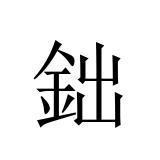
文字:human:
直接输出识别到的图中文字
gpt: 鈯